Subject: eess
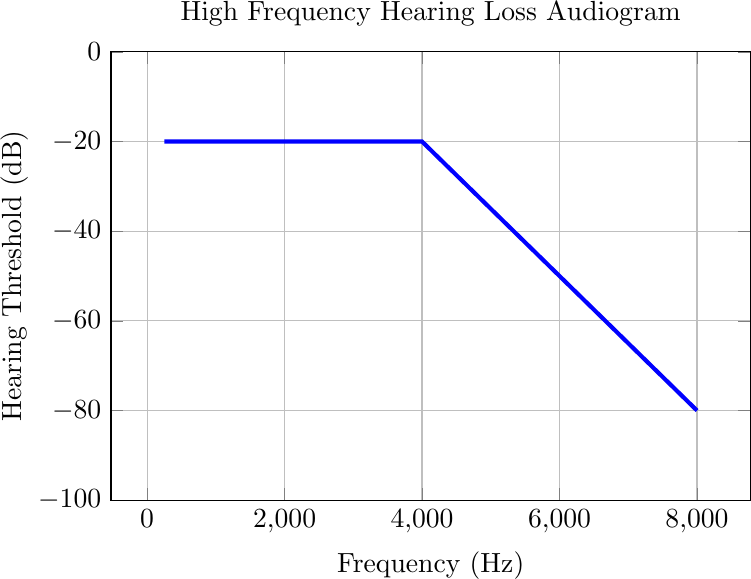
LaTeX code:
    \begin{tikzpicture}
        \begin{axis}[
            width=0.8\textwidth,
            height=0.6\textwidth,
            xlabel={Frequency (Hz)},
            ylabel={Hearing Threshold (dB)},
            title={High Frequency Hearing Loss Audiogram},
            grid=major,
            ymin=-100, ymax=0,  % Adjust the y-axis limits as needed
            ]

            \addplot[blue, line width=1.5pt] coordinates {
                (250, -20)
                (250, -20)
                (3000, -20)
                (4000, -20)
                (8000, -80)

            };

        \end{axis}
    \end{tikzpicture}